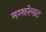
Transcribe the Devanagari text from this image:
नम्बरेफ्ट